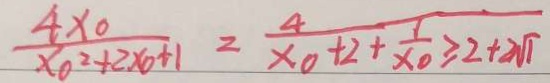
\frac { 4 x _ { 0 } } { x _ { 0 } ^ { 2 } + 2 x _ { 0 } + 1 } = \frac { 4 } { x _ { 0 } + 2 + \frac { 1 } { x _ { 0 } } \geq 2 + 2 \sqrt { 1 } }